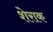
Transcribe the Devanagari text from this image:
शेराक